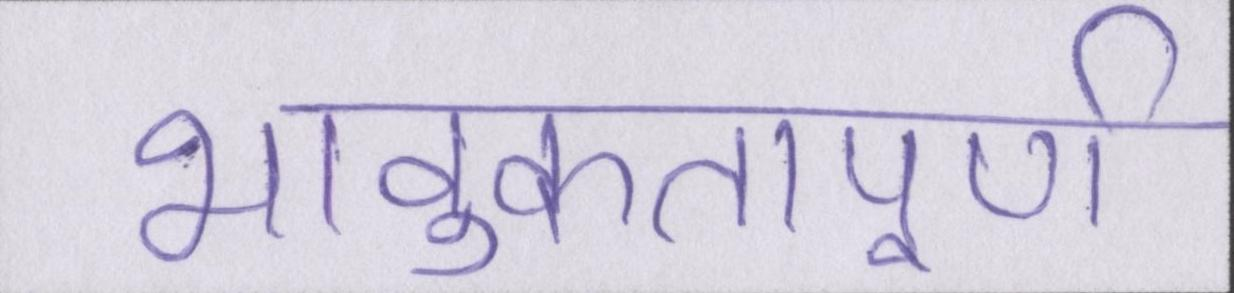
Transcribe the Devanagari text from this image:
भावुकतापूर्ण